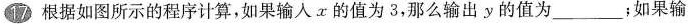
根据如图所示的程序计算，如果输入x的值为3，那么输输出y的值为___;如果输